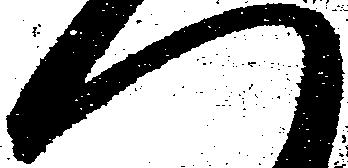
へ